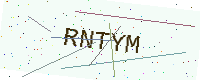
Text: RNTYM